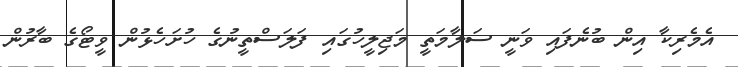
އެމެރިކާ އިން ބުނެފައި ވަނީ ސަލާމަތީ މަޖިލީހުގައި ފަލަސްތީނުގެ ހުށަހެޅުން ވީޓޯގެ ބާރުން